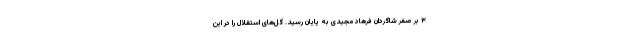
۳ بر صفر شاگردان فرهاد مجیدی به پایان رسید. گل‌های استقلال را در این